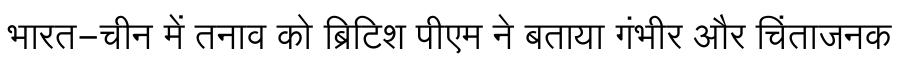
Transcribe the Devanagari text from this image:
भारत-चीन में तनाव को ब्रिटिश पीएम ने बताया गंभीर और चिंताजनक